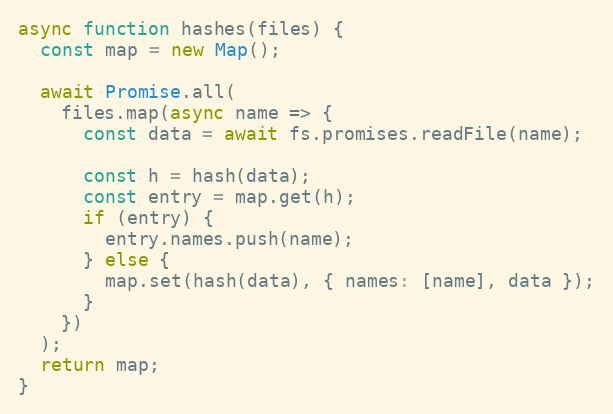
Language: JavaScript
async function hashes(files) {
  const map = new Map();

  await Promise.all(
    files.map(async name => {
      const data = await fs.promises.readFile(name);

      const h = hash(data);
      const entry = map.get(h);
      if (entry) {
        entry.names.push(name);
      } else {
        map.set(hash(data), { names: [name], data });
      }
    })
  );
  return map;
}